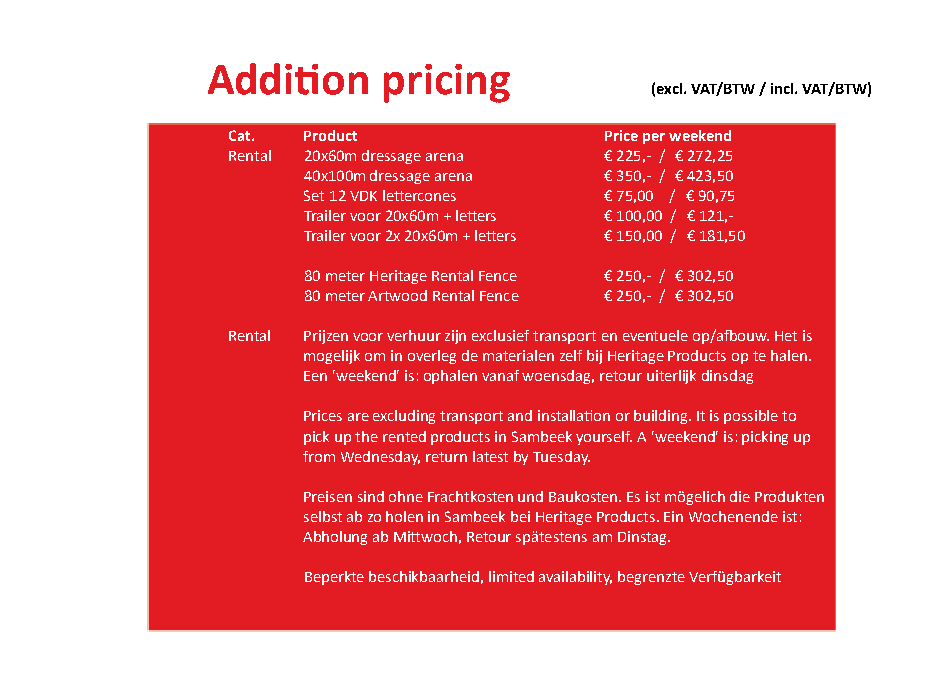
Addition   pricing
 (excl. VAT/BTW / incl. VAT/BTW)
 Cat. Product             Price per weekend
 Rental 20x60m dressage arena € 225,- / € 272,25
 40x100m dressage arena € 350,- / € 423,50
 Set 12 VDK lettercones € 75,00 / € 90,75
 Trailer voor 20x60m + letters € 100,00 / € 121,-
 Trailer voor 2x 20x60m + letters € 150,00 / € 181,50
 80 meter Heritage Rental Fence € 250,- / € 302,50
 80 meter Artwood Rental Fence € 250,- / € 302,50
 Rental Prijzen voor verhuur zijn exclusief transport en eventuele op/afbouw. Het is
 mogelijk om in overleg de materialen zelf bij Heritage Products op te halen.
 Een 'weekend' is: ophalen vanaf woensdag, retour uiterlijk dinsdag
 Prices are excluding transport and installation or building. It is possible to
 pick up the rented products in Sambeek yourself. A 'weekend' is: picking up
 from Wednesday, return latest by Tuesday.
 Preisen sind ohne Frachtkosten und Baukosten. Es ist mögelich die Produkten
 selbst ab zo holen in Sambeek bei Heritage Products. Ein Wochenende ist:
 Abholung ab Mittwoch, Retour spätestens am Dinstag.
 Beperkte beschikbaarheid, limited availability, begrenzte Verfügbarkeit